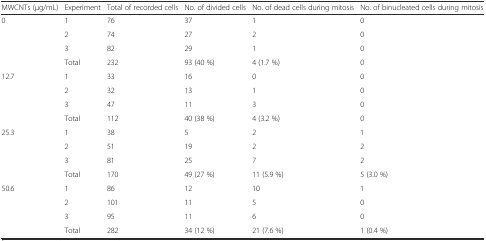
<table><thead><tr><td><b>MWCNTs (μg/mL)</b></td><td><b>Experiment</b></td><td><b>Total of recorded cells</b></td><td><b>No. of divided cells</b></td><td><b>No. of dead cells during mitosis</b></td><td><b>No. of binucleated cells during mitosis</b></td></tr></thead><tbody><tr><td>0</td><td>1</td><td>76</td><td>37</td><td>1</td><td>0</td></tr><tr><td></td><td>2</td><td>74</td><td>27</td><td>2</td><td>0</td></tr><tr><td></td><td>3</td><td>82</td><td>29</td><td>1</td><td>0</td></tr><tr><td></td><td>Total</td><td>232</td><td>93 (40 %)</td><td>4 (1.7 %)</td><td>0</td></tr><tr><td>12.7</td><td>1</td><td>33</td><td>16</td><td>0</td><td>0</td></tr><tr><td></td><td>2</td><td>32</td><td>13</td><td>1</td><td>0</td></tr><tr><td></td><td>3</td><td>47</td><td>11</td><td>3</td><td>0</td></tr><tr><td></td><td>Total</td><td>112</td><td>40 (38 %)</td><td>4 (3.2 %)</td><td>0</td></tr><tr><td>25.3</td><td>1</td><td>38</td><td>5</td><td>2</td><td>1</td></tr><tr><td></td><td>2</td><td>51</td><td>19</td><td>2</td><td>2</td></tr><tr><td></td><td>3</td><td>81</td><td>25</td><td>7</td><td>2</td></tr><tr><td></td><td>Total</td><td>170</td><td>49 (27 %)</td><td>11 (5.9 %)</td><td>5 (3.0 %)</td></tr><tr><td>50.6</td><td>1</td><td>86</td><td>12</td><td>10</td><td>1</td></tr><tr><td></td><td>2</td><td>101</td><td>11</td><td>5</td><td>0</td></tr><tr><td></td><td>3</td><td>95</td><td>11</td><td>6</td><td>0</td></tr><tr><td></td><td>Total</td><td>282</td><td>34 (12 %)</td><td>21 (7.6 %)</td><td>1 (0.4 %)</td></tr></tbody></table>